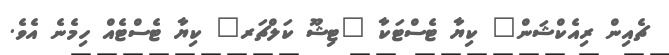
ޗެއިން ރިއެކްޝަން" ކިޔާ ޓެސްޓަކާ "ޓިޝޫ ކަލްޗަރ" ކިޔާ ޓެސްޓެއް ހިމެނެ އެވެ.